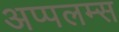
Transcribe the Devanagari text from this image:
अप्पलम्स